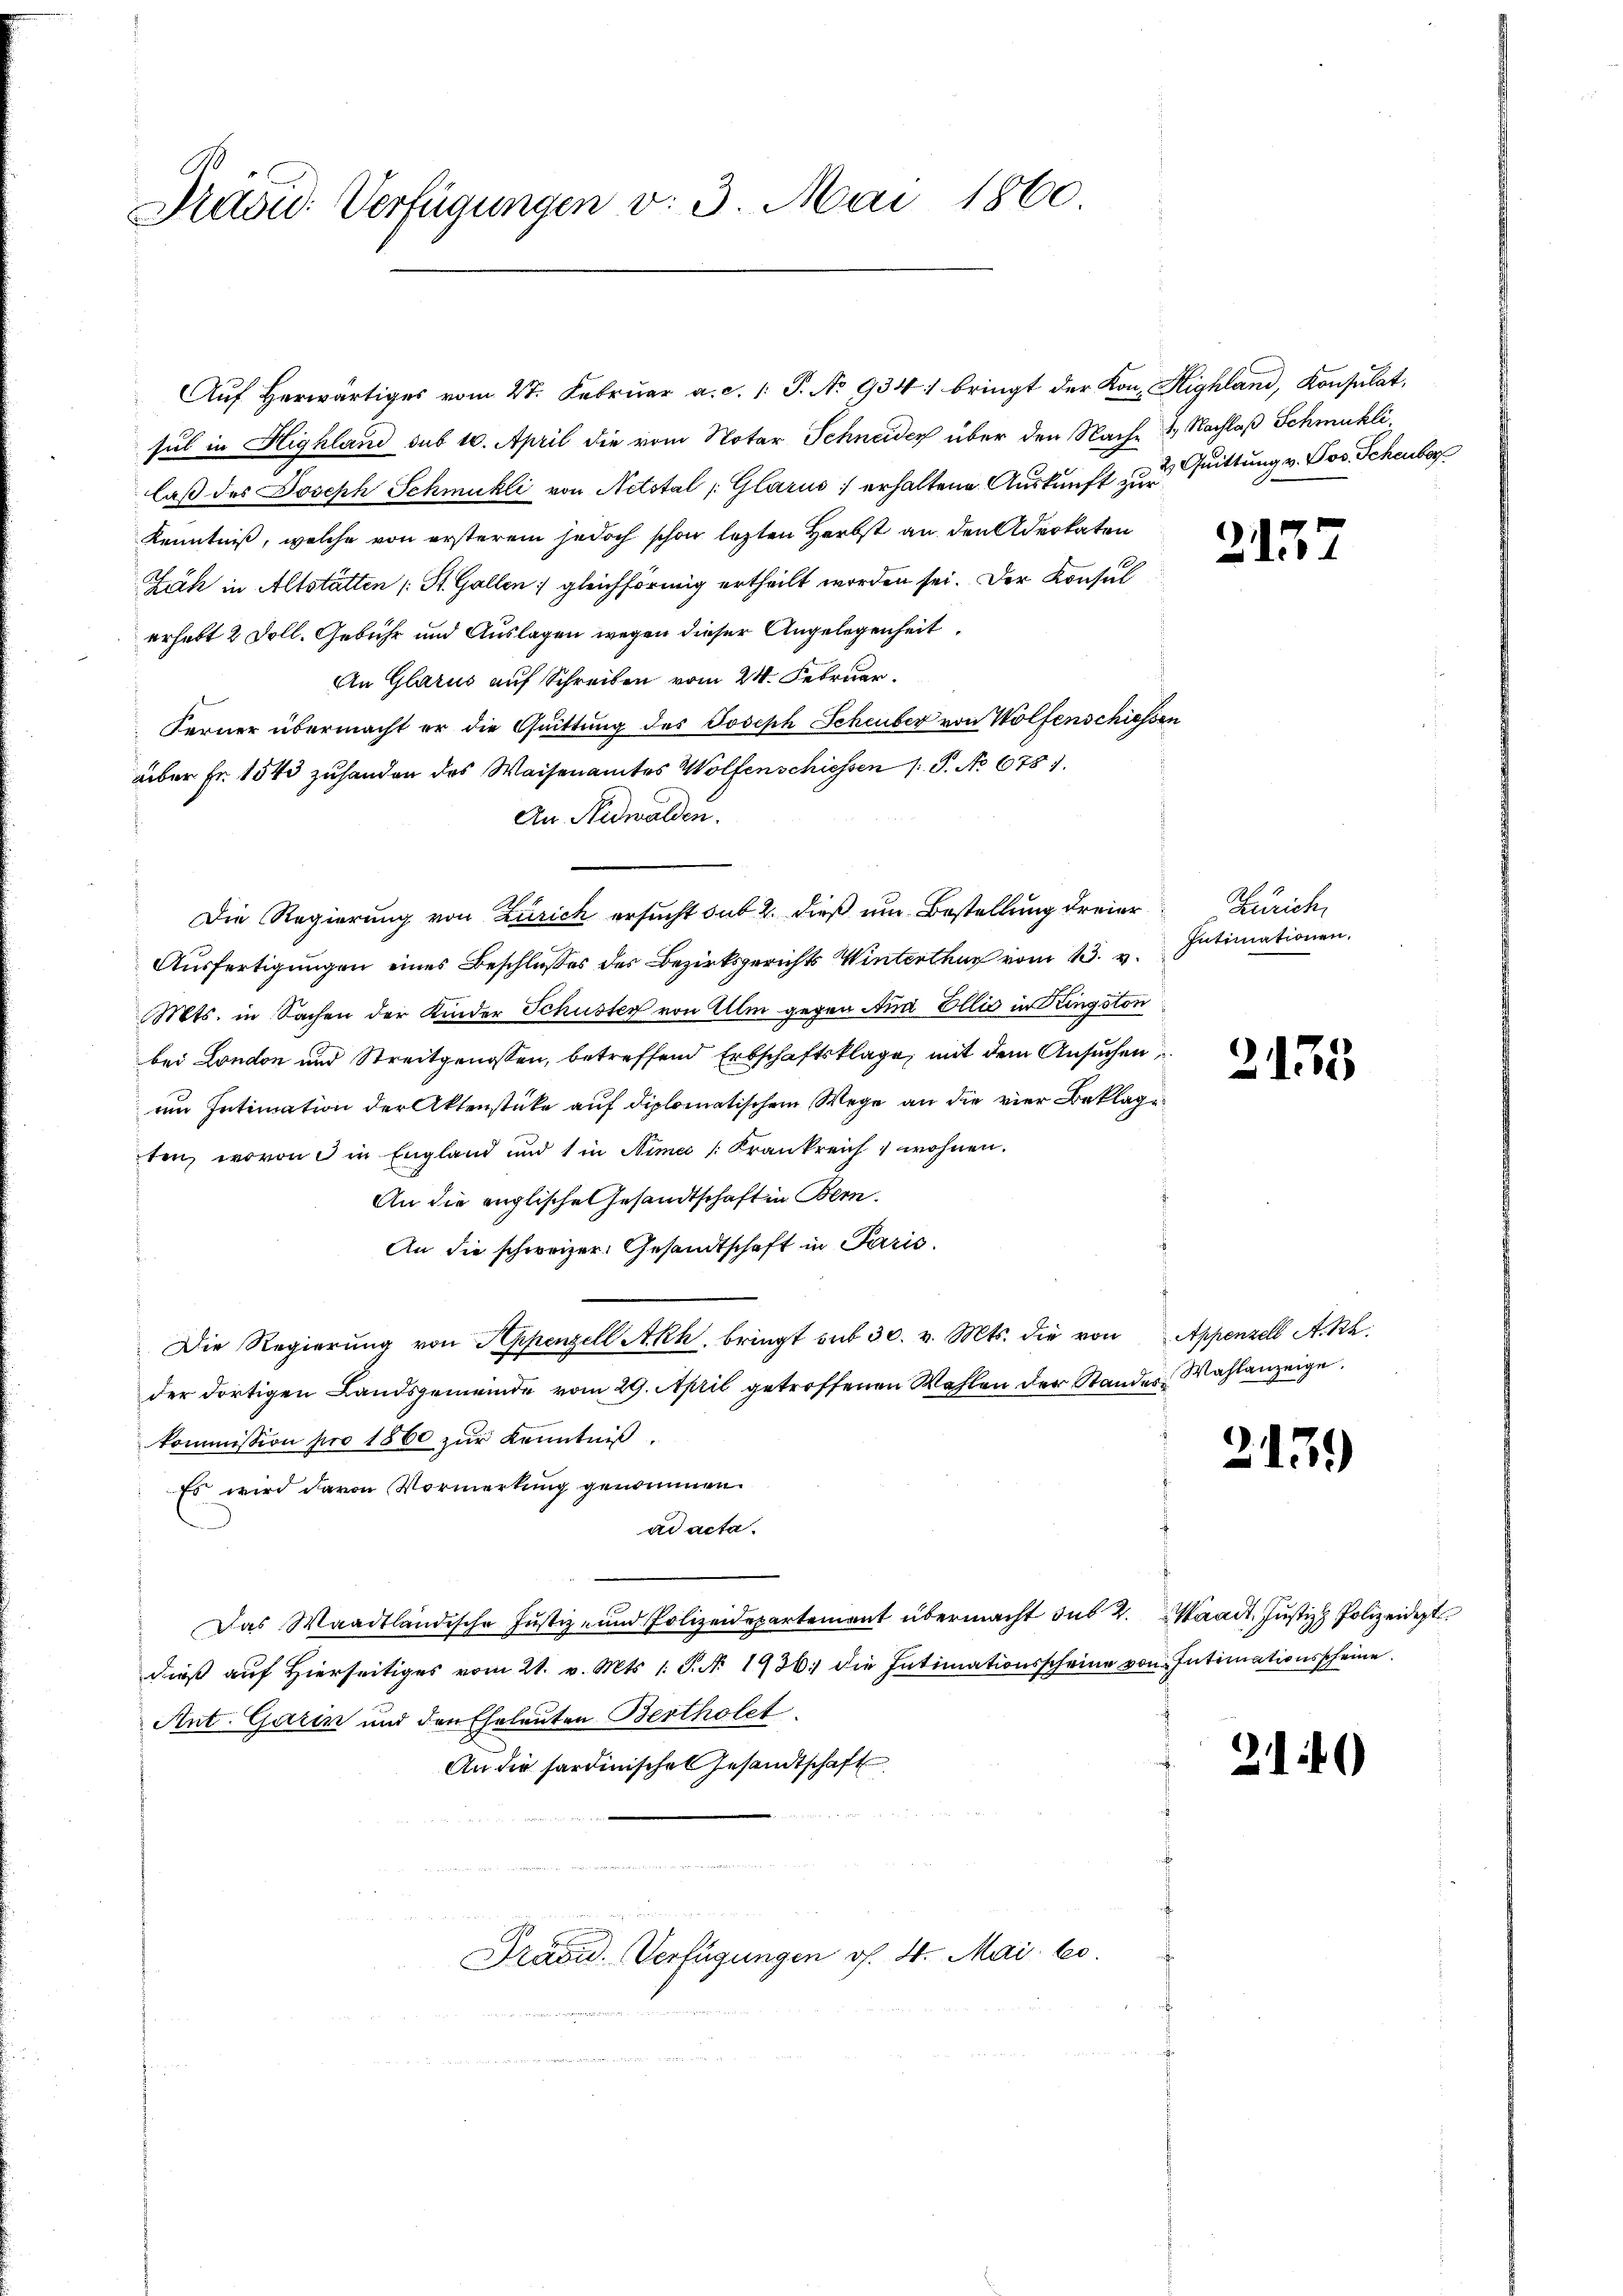
Präsid. Verfügungen v. 3. Mai 1860.

Auf herwärtiges vom 2t. Februar a. c. 1 S. No 934/ bringt der Kon- Highland, Konsulat,
sul in Highland sub 10. April die vom Notar Schneider über den Nach 2. Nachlaß Schmuklilaß des Joseph Schmuhli von Netotal (Glarus erhaltene Auskunft zur Sittung v. Jos. Scheuber
Kenntniß, welche von ersterem jedoch schon letzten Herbst an den Advokaten
Zäh in Altstätten St. Gallen; gleichförmig ertheilt worden sei. Der Konsul
erhebt 2 Doll. Gebühr und Auslagen wegen dieser Angelegenheit
An Glarus auf Schreiben vom 24. Februar.
Ferner übermacht er die Quittung des Joseph Scheuber von Wolfenschiessen
über Fr. 1543 zuhanden des Waisenamtes Wolfenschiessen /: P. No 678.
An Nidwalden.
Die Regierung von Zürich ersucht dit 2. dieß um Bestellung dreier
Ausfertigungen eines Beschlusses des Bezirksgerichts Winterthur vom 13. v.
Mts. in Sachen der Kinder Schuster von Ulm gegen Ana Ellis in Kingston
bei London und Streitgenossen, betreffend Erbschaftsklage, mit dem Ansuchen
um Intimation der Aktenstücke auf diplomatischem Wege an die vier Beklage
ten, wovon in England und 1 in Nime Frankreich wohnen.
An die englischen Gesandtschaft in Bern.
An die schweizer. Gesandtschaft in Paris.
Die Regierŭng von Appenzell Akh bringt sub 30. v. Mts. die von Appenzell A. Rh.
der dortigen Landsgemeinde vom 29. April getroffenen Wahlen der Standes Wahlanzeige.
kommission pro 1860 zŭr Kenntniβ.
Es wird davon Vormerkung genommen.
ad acta.
Das Waadtländische Justiz- und Polizeidepartement übermacht sub 2. Waadt, Justiz & Polizeidept
dieß auf Hierseitiges vom 21. v. Mts. 1. S. N. 1936. die Intimationsscheine von Intimationsscheine
Ant. Garin und den Eheleuten Bertholet.
An die Pardinisches Gesandtschaft
Präsid. Verfügungen oh. 4. Mai l.

215

Zürich,
Intimationen.

2135

2139

210